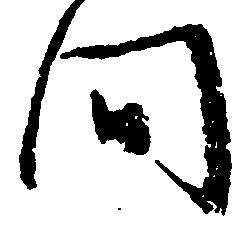
間